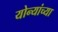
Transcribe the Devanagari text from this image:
योन्यांच्या